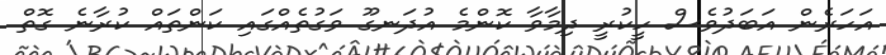
އަހަރެން އަބަދުވެސް ހީކުރީ ދިމާވާ ކޮންމެ އުދަނގޫ ވަގުތެއްގައި ކަންތައް ކުރާނެ ގޮތް